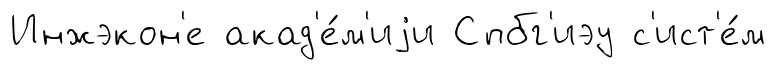
Инжэкон'е акад'е́м'иjи Спбг'иэу с'ист'е́м